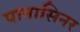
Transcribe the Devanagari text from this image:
पानासिनर